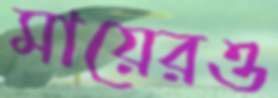
মায়েরও